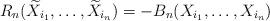
LaTeX: \begin{align*}R_n(\widetilde{X}_{i_1},\ldots, \widetilde{X}_{i_n}) = -B_n(X_{i_1}, \ldots, X_{i_n}) \end{align*}